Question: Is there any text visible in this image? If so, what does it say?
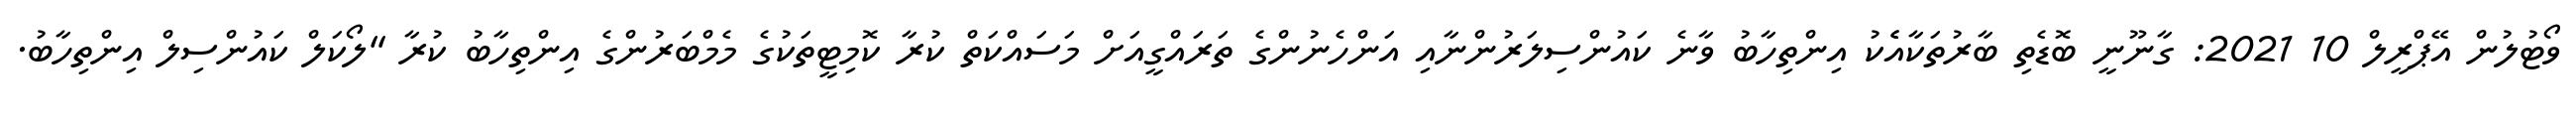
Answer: ވޯޓުލުން އޭޕްރީލް 10 2021: ގާނޫނީ ބޮޑެތި ބާރުތަކާއެެކު އިންތިހާބު ވާނެ ކައުންސިލަރުންނާއި އަންހެނުންގެ ތަރައްގީއަށް މަސައްކަތް ކުރާ ކޮމިޓީތަކުގެ މެމްބަރުންގެ އިންތިހާބު ކުރާ "ލޯކަލް ކައުންސިލް އިންތިހާބު.